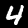
Digit: 4